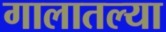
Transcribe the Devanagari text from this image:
गालातल्या